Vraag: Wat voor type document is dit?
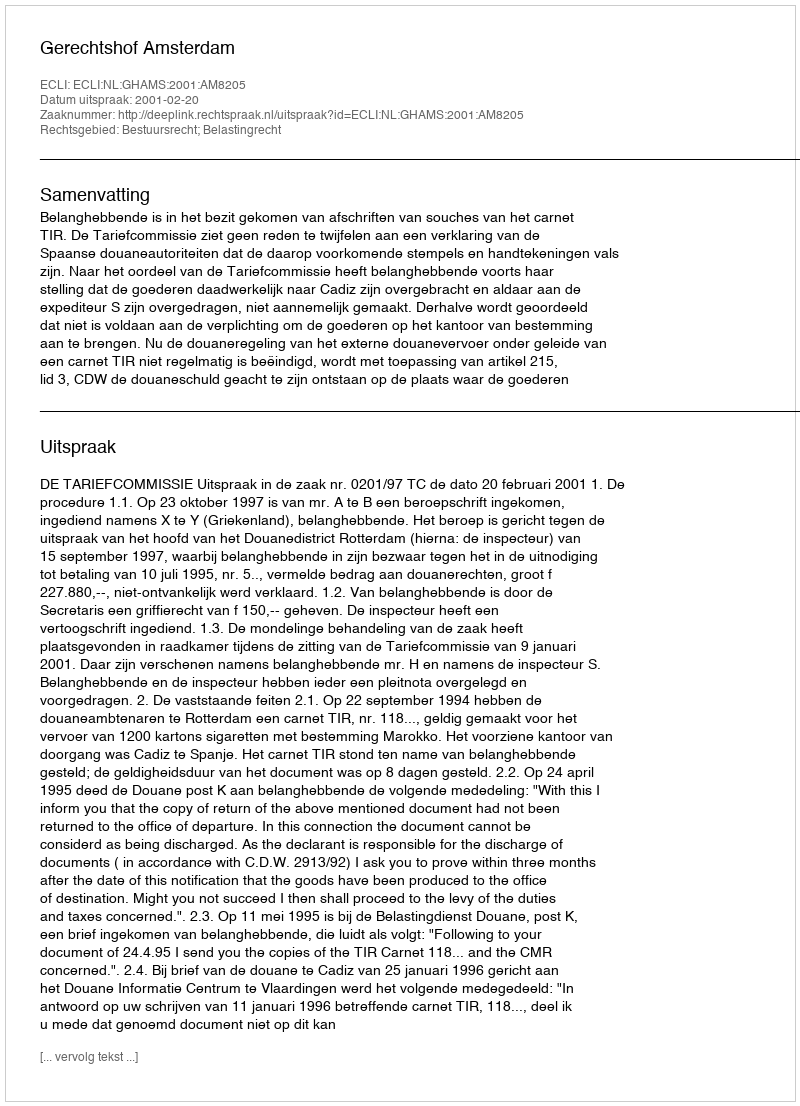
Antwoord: Uitspraak